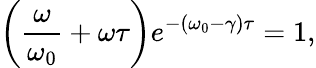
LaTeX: \left(\frac{\omega}{\omega_{0}}+\omega\tau\right)e^{-\left(\omega_{0}-\gamma\right)\tau}=1,